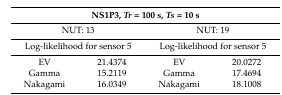
| <COLSPAN=4> NS1P3, Tr = 100 s, Ts = 10 s |
 | --- | --- | --- | --- |
 | <COLSPAN=2> NUT: 13 | <COLSPAN=2> NUT: 19 |
 | <COLSPAN=2> Log-likelihood for sensor 5 | <COLSPAN=2> Log-likelihood for sensor 5 |
 | EV | 21.4374 | EV | 20.0272 |
 | Gamma | 15.2119 | Gamma | 17.4694 |
 | Nakagami | 16.0349 | Nakagami | 18.1008 |